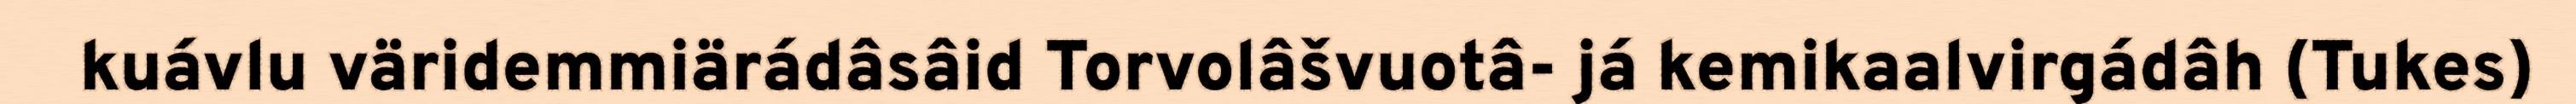
kuávlu väridemmiärádâsâid Torvolâšvuotâ- já kemikaalvirgádâh (Tukes)